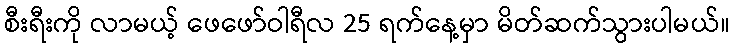
စီးရီးကို လာမယ့် ဖေဖော်ဝါရီလ 25 ရက်နေ့မှာ မိတ်ဆက်သွားပါမယ်။